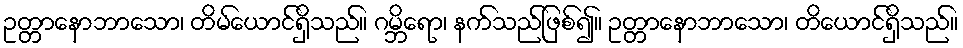
ဥတ္တာနောဘာသော၊ တိမ်ယောင်ရှိသည်။ ဂမ္ဘိရော၊ နက်သည်ဖြစ်၍။ ဥတ္တာနောဘာသော၊ တိယောင်ရှိသည်။